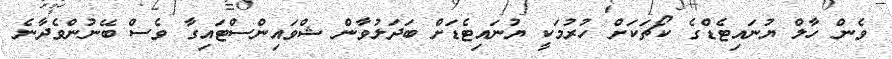
ވެން ހާލް ޔުނައިޓެޑްގެ ކޯޗަކަށް ހުރުމަކީ ޔުނައިޓެޑަށް ބަދަލުވާން ޝްވައިންސްޓައިގާ ވެސް ބޭނުންވެދާނެ